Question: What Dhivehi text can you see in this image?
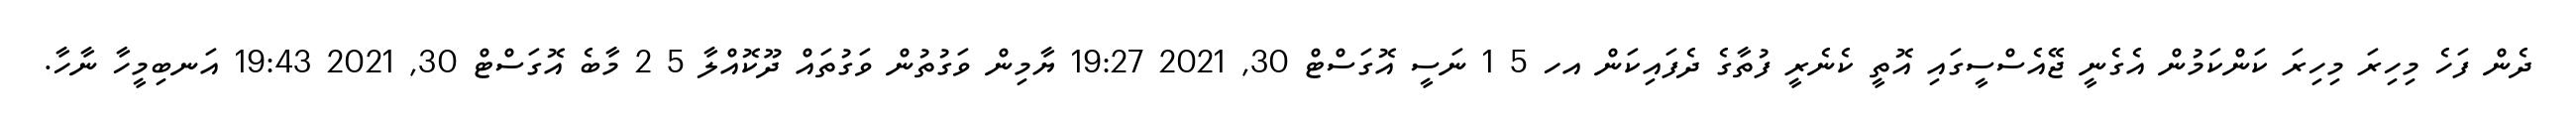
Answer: ދެން ފަހެ މިހިރަ މިހިރަ ކަންކަމުން އެގެނީ ޖޭއެސްސީގައި އޮތީ ކެނެރީ ފުތާގެ ދެފައިކަން އހ 5 1 ނަސީ އޮގަސްޓް 30, 2021 19:27 ޔާމިން ވަގުތުން ވަގުތައް ދޫކޮއްލާ 5 2 މާބެ އޮގަސްޓް 30, 2021 19:43 އަނބިމީހާ ނާހާ.